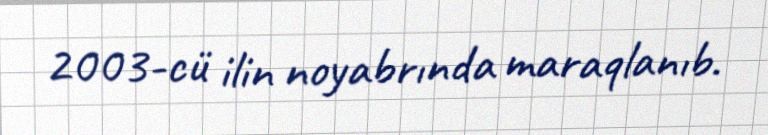
2003-cü ilin noyabrında maraqlanıb.